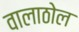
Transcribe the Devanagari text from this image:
वालाठोल